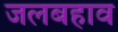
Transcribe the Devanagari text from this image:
जलबहाव